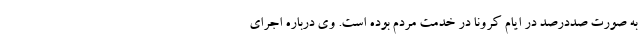
به صورت صددرصد در ایام کرونا در خدمت مردم بوده است. وی درباره اجرای